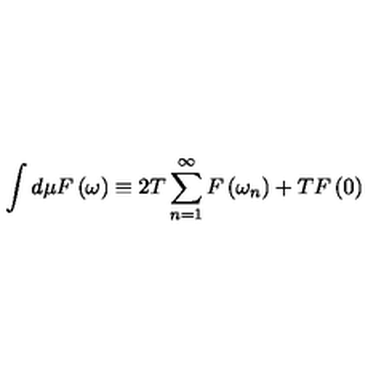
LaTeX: \int d \mu F \left( \omega \right) \equiv 2 T \sum _ { n = 1 } ^ { \infty } F \left( \omega _ { n } \right) + T F \left( 0 \right)